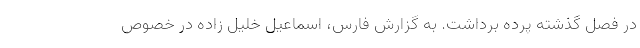
در فصل گذشته پرده برداشت. به گزارش فارس، اسماعیل خلیل زاده در خصوص